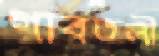
গাবতলী